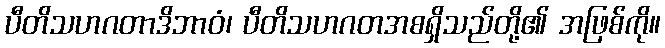
ပီတိသဟဂတာဒိဘာဝံ၊ ပီတိသဟဂတအစရှိသည်တို့၏ အဖြစ်ကို။